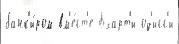
банк'и́ром вм'е́ст'е Бхарт'и од'исс'и